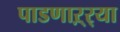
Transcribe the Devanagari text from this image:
पाडणाऱ्र्‍या